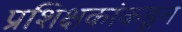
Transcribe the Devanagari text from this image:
प्रशिक्षकांकडून